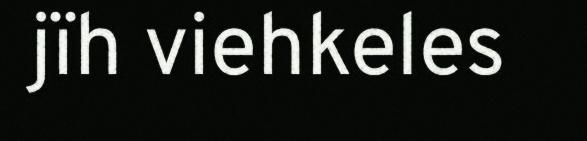
jïh viehkeles